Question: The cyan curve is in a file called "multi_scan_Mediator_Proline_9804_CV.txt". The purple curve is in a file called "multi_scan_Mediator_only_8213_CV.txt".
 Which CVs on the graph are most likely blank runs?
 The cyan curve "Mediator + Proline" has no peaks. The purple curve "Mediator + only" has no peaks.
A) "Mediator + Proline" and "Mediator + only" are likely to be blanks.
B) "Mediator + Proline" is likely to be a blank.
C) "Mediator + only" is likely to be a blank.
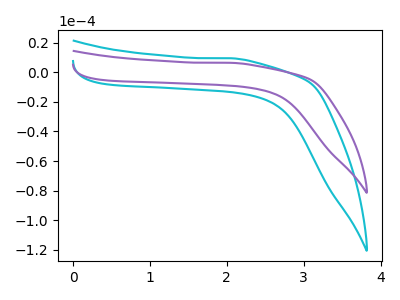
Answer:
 <answer>A) "Mediator + Proline" and "Mediator + only" are likely to be blanks.</answer>
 <eval>A</eval>